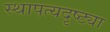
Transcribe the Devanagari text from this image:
स्थापत्यदृष्ट्या